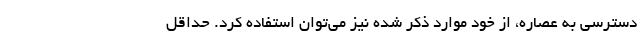
دسترسی به عصاره، از خود موارد ذکر شده نیز می‌توان استفاده کرد. حداقل